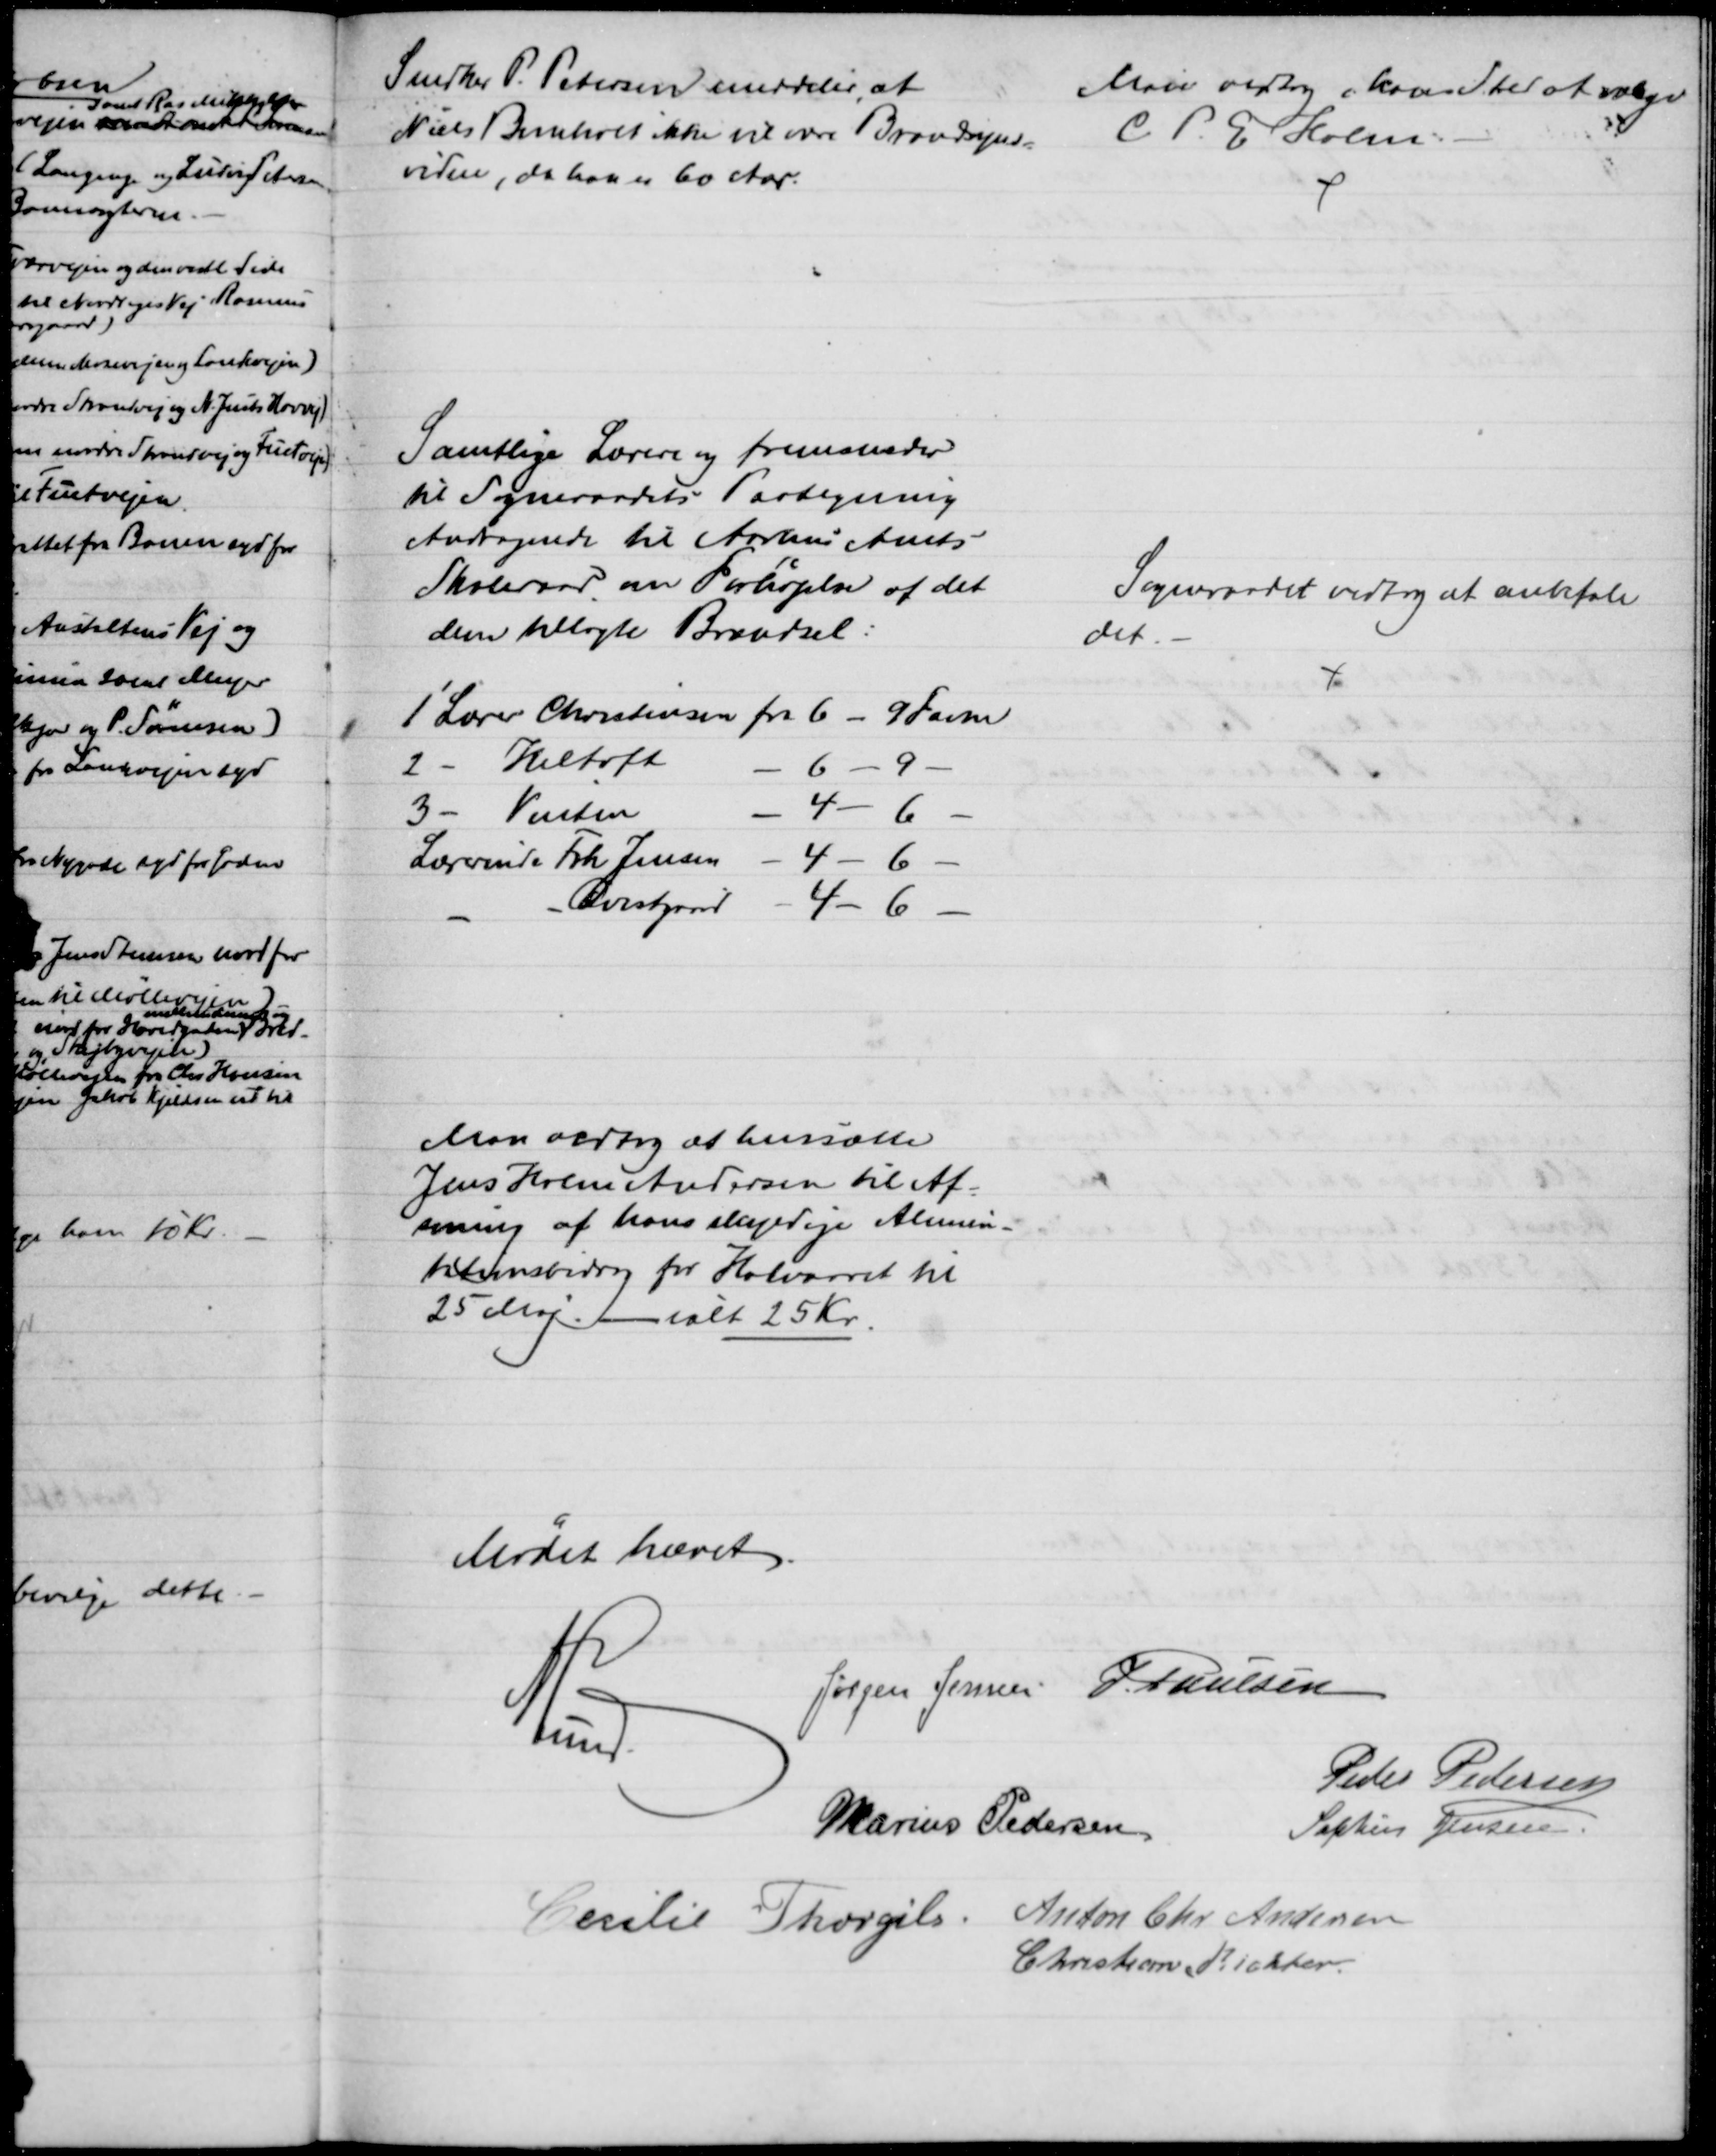
Transskription:
Snedker P. Petersen meddeler, at
Niels Bomholt ikke vil være Brandsyns=
vidne, da han er 60 Aar.
Man vedtog i hans Sted at vælge
C. P. E. Holm.
Samtlige Lærere ny fremsender
til Sogneraadets Paategning
Andragende til Aarhus Amts
Skoleraad om Forhøjelse af det
dem tillagte Brændsel:
1' Lærer Christensen fra 6 - 9 Favne
2 - Heltoft
6 - 9.
3 - Vinten
4 - 6
Lærerinde Frk Jensen
4 - 6
- Qvistgaard
4- 6 
Sogneraadet vedtog at anbefale
det.
Man vedtog at hensætte
Jens Holm Andersen til Af-
soning af hans skyldige Alimen-
tationsbidrag for Halvaaret til 
25 Maj. 
ialt 25 Kr.
Mødet hævet.
A. Lund.
Jørgen Jensen J. Poulsen
Peder Pedersen
Marius Pedersen
Sophus Jensen.
Cecilie Thorgils. Anton Chr Andersen
Christian Richter